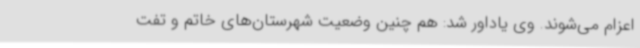
اعزام می‌شوند. وی یاداور شد: هم چنین وضعیت شهرستان‌های خاتم و تفت